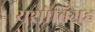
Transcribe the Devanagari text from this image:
यशोविग्रह